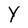
Character: Y